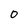
Character: 0